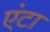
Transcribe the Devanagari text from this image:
एंटा